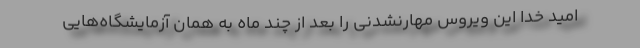
امید خدا این ویروس مهارنشدنی را بعد از چند ماه به همان آزمایشگاه‌هایی